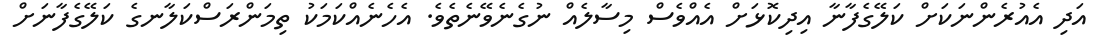
އަދި އެއުރެންނަކަށް ކަލޭގެފާނާ އިދިކޮޅަށް އެއްވެސް މިސާލެއް ނުގެނެވޭނެތެވެ. އެހެނެއްކަމަކު ތިމަންރަސްކަލާނގެ ކަލޭގެފާނަށް